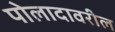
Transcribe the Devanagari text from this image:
पोलादावरील